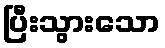
ပြီးသွားသော